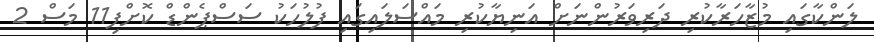
ލަންކާގައި މުޒާހަރާކުރި ދަރިވަރުންނަށް އަނިޔާކުރި މައްސަލައިގައި ފުލުހަކު ސަސްޕެންޑް ކޮށްފި11 މަސް 2